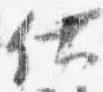
使